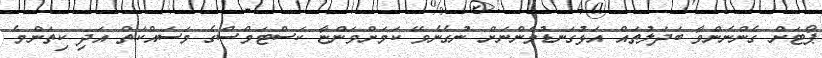
ޕޯޓަށް ގެންނަންވާ ބަދަލުތައް އަޅުގަނޑުމެންނަށް ނުގެނެވޭ ކަމަށްވަންޏާ ކަސްޓަމްސްގެ މަސައްކަތް އަދި ކިތަންމެ